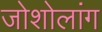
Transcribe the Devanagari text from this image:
जोशोलांग